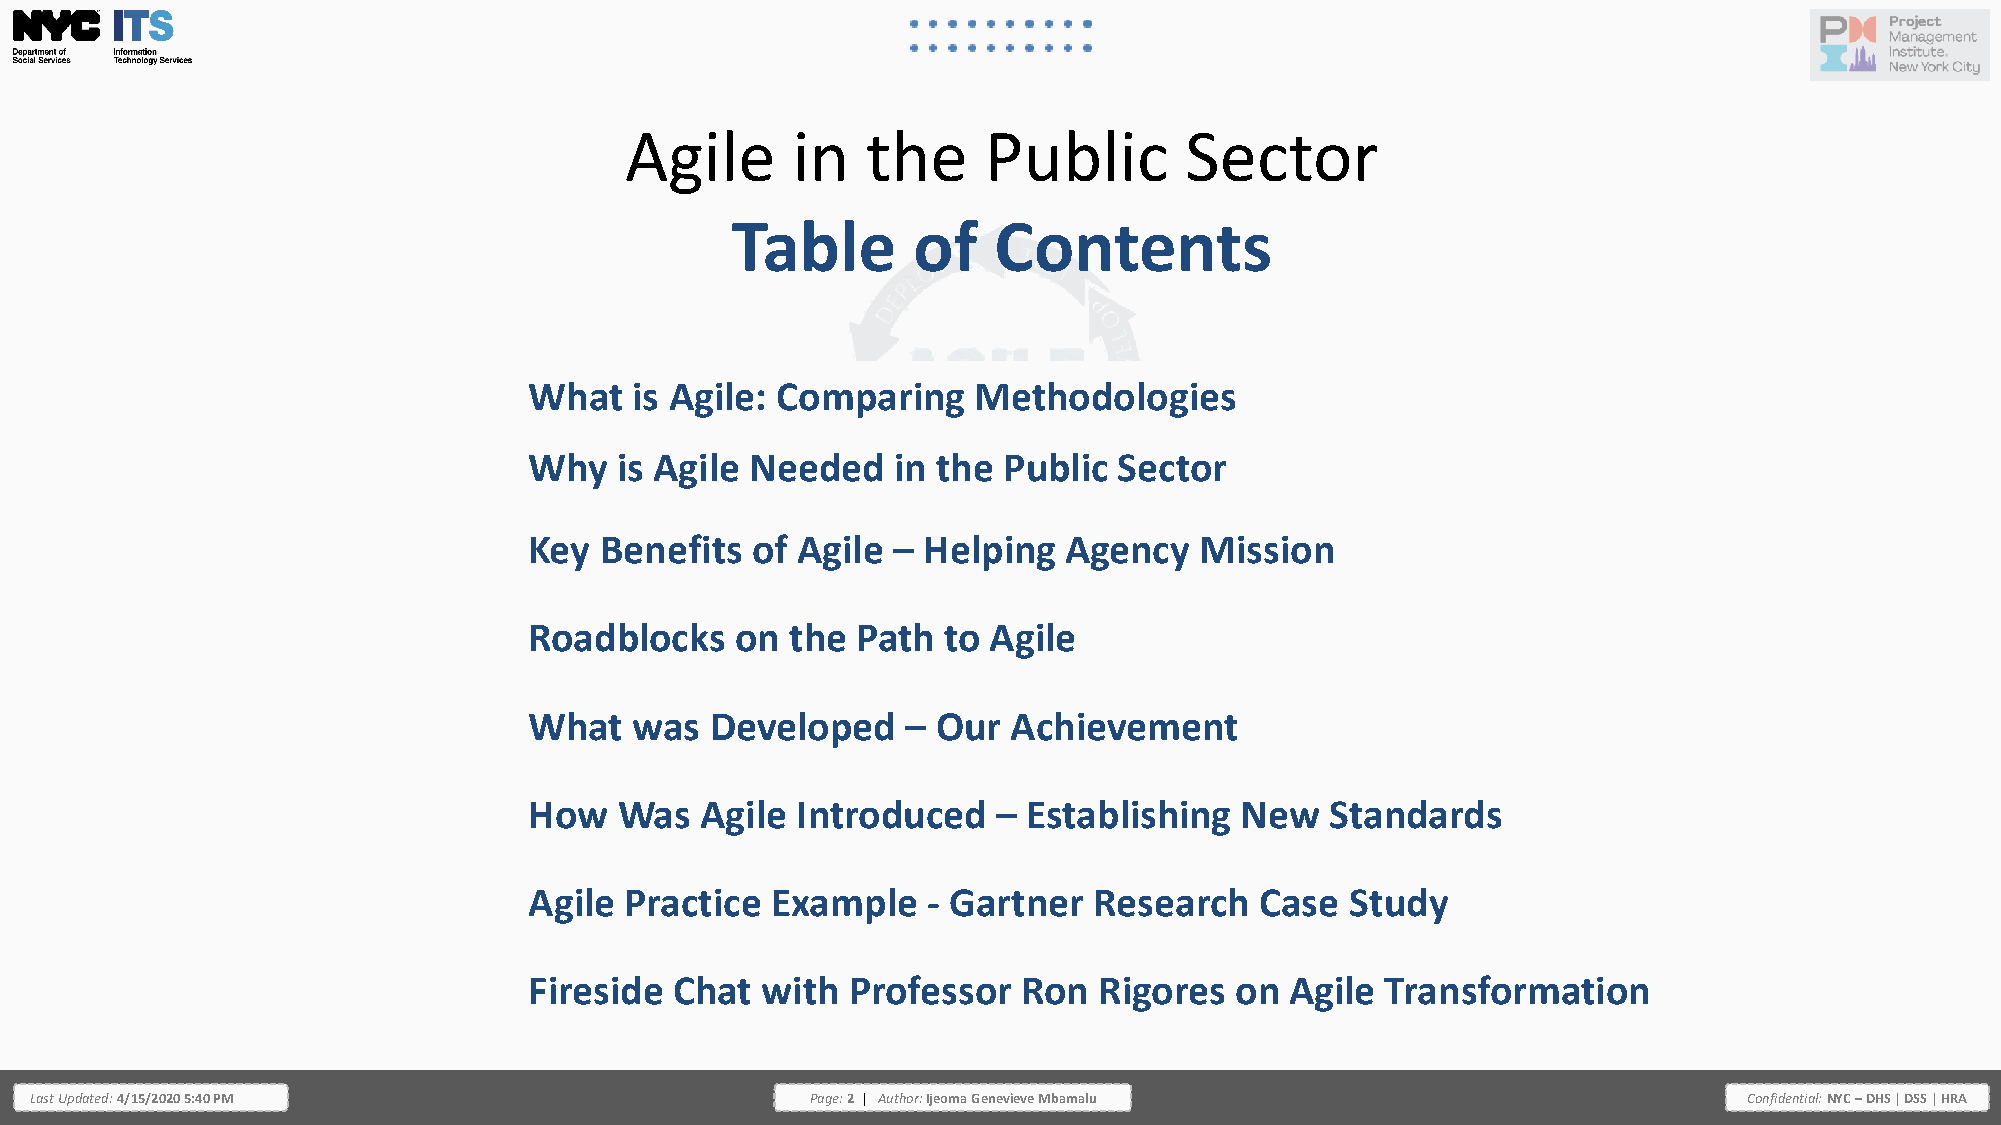
Agile      in   the     Public       Sector
 Table       of    Contents
 What   is Agile: Comparing   Methodologies
 Why   is Agile Needed   in the Public  Sector
 Key  Benefits  of Agile – Helping  Agency   Mission
 Roadblocks    on the  Path to Agile
 What   was  Developed    – Our  Achievement
 How   Was  Agile  Introduced   – Establishing  New   Standards
 Agile Practice  Example   - Gartner  Research   Case  Study
 Fireside  Chat with  Professor   Ron  Rigores  on Agile  Transformation
 Last Updated: 4/15/2020 5:40 PM                     Page: 2 | Author: Ijeoma Genevieve Mbamalu                    Confidential: NYC – DHS | DSS | HRA